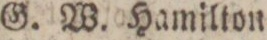
G. W. Hamilton.